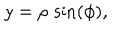
y = \rho \, \sin \left( \phi \right) ,